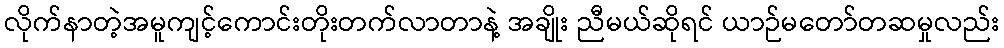
လိုက်နာတဲ့အမူကျင့်ကောင်းတိုးတက်လာတာနဲ့ အချိုး ညီမယ်ဆိုရင် ယာဉ်မတော်တဆမှုလည်း